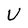
Character: U